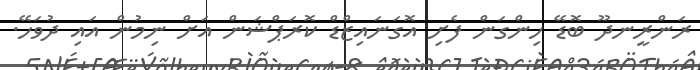
ރަންރީނދޫ ބޮޑޭ ހިންގަން ފެށި އޮގަނައިޒްޑް ކޮރަޕްޝަން އަށް ނިމުން އައި ދުވަހޭ.